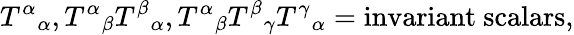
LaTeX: T^{\alpha}{}_{\alpha},T^{\alpha}{}_{\beta}T^{\beta}{}_{\alpha},T^{\alpha}{}_{\beta}T^{\beta}{}_{\gamma}T^{\gamma}{}_{\alpha}={\mathrm{invariant~scalars}},